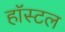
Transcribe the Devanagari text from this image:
हाॅस्टल